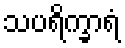
သပရိက္ခာရံ